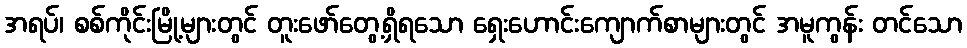
အရပ်၊ စစ်ကိုင်းမြို့များတွင် တူးဖော်တွေ့ရှိရသော ရှေးဟောင်းကျောက်စာများတွင် အမူကွန်း တင်သော